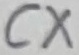
Text: CX